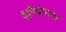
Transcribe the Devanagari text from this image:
दृष्टीयोगात